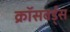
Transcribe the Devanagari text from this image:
क्रॉसवर्ड्स